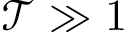
\mathcal T \gg 1